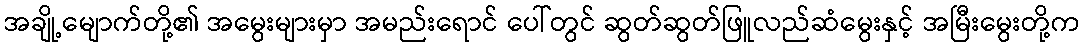
အချို့မျောက်တို့၏ အမွေးများမှာ အမည်းရောင် ပေါ်တွင် ဆွတ်ဆွတ်ဖြူလည်ဆံမွေးနှင့် အမြီးမွေးတို့က